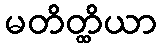
မတိတ္ထိယာ